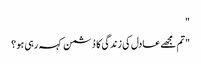
"
"تم مجھے عادل کی زندگی کا دُشمن کہہ رہی ہو ؟